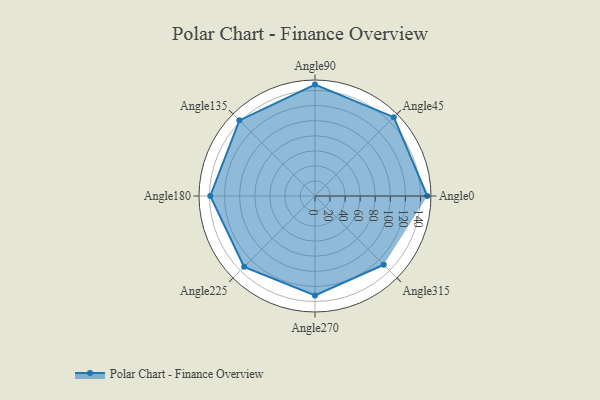
{"axis": {"x": "Angle", "y": "Radius"}, "legend": [""], "data": [{"x": "Angle0", "y": 149.0, "type": ""}, {"x": "Angle45", "y": 148.0, "type": ""}, {"x": "Angle90", "y": 148.0, "type": ""}, {"x": "Angle135", "y": 142.0, "type": ""}, {"x": "Angle180", "y": 139.0, "type": ""}, {"x": "Angle225", "y": 133.0, "type": ""}, {"x": "Angle270", "y": 132.0, "type": ""}, {"x": "Angle315", "y": 129.0, "type": ""}]}